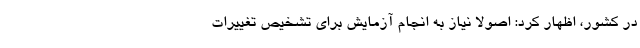
در کشور، اظهار کرد: اصولا نیاز به انجام آزمایش برای تشخیص تغییرات